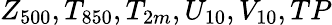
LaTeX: Z_{500},T_{850},T_{2m},U_{10},V_{10},TP